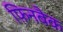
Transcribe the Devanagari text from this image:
फ़िनबैक